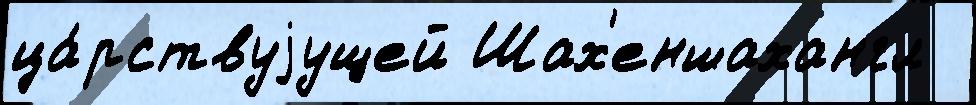
ца́рствуjущей Шах'еншахангл